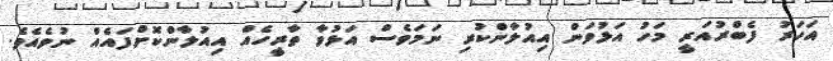
އަހަރު ފެބްރުއަރީ މަހު އަޅުވަން އިއުލާންކުރި ނަމަވެސް އަޅުވާ ތާރީހެއް އިއުލާންކޮށްފައެއް ނުވެއެވެ.